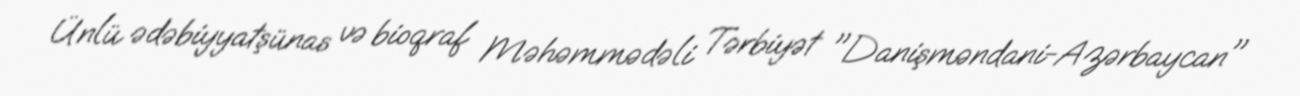
Ünlü ədəbiyyatşünas və bioqraf Məhəmmədəli Tərbiyət "Danişməndani-Azərbaycan"